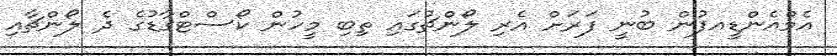
އެމްއެންޑީއފުން ބުނީ ފަރަށް އެރި ލޯންޗުގައި ތިބި މީހުން ކޯސްޓްގާޑުގެ ދެ ލޯންޗާއި